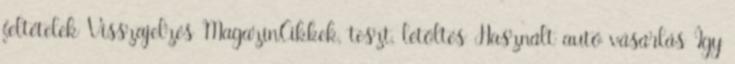
feltételek Visszajelzés MagazinCikkek, teszt, letöltés Használt autó vásárlás Így